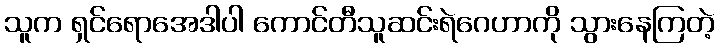
သူက ရှင်ရောအေဒါပါ ကောင်တီသူဆင်းရဲဂေဟာကို သွားနေကြတဲ့